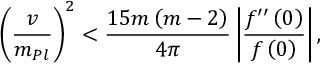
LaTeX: \left( \frac { v } { m _ { P l } } \right) ^ { 2 } < { \frac { 1 5 m \left( m - 2 \right) } { 4 \pi } } \left| { \frac { f ^ { \prime \prime } \left( 0 \right) } { f \left( 0 \right) } } \right| ,